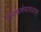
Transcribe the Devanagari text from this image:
हीनकर्मफलप्रदम्